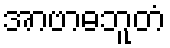
အာဗာဓဘူတံ